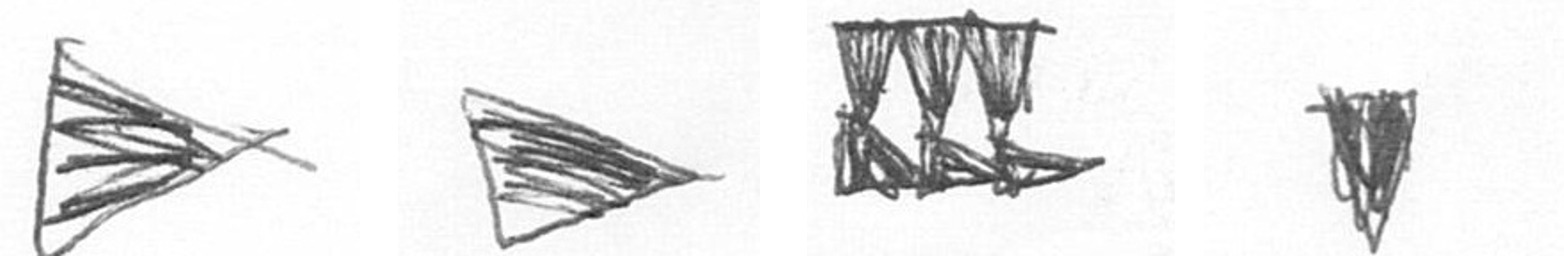
T T D J